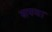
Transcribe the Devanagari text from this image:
सपना।